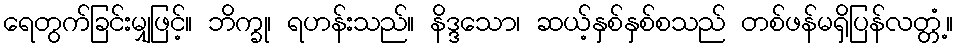
ရေတွက်ခြင်းမျှဖြင့်။ ဘိက္ခု၊ ရဟန်းသည်။ နိဒ္ဒသော၊ ဆယ့်နှစ်နှစ်စသည် တစ်ဖန်မရှိပြန်လတ္တံ့။